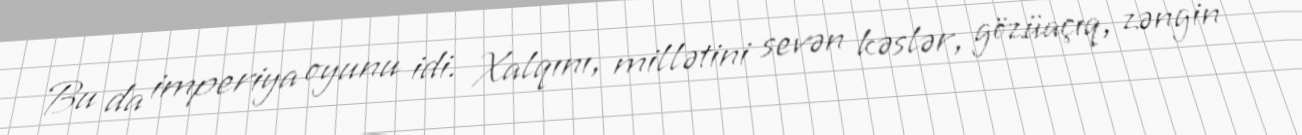
Bu da imperiya oyunu idi. Xalqını, millətini sevən kəslər, gözüaçıq, zəngin